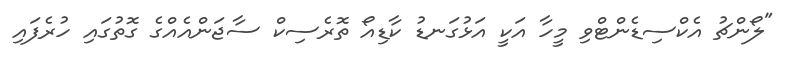
"ލޯންޗު އެކްސިޑެންޓްވި މީހާ އަކީ އަޅުގަނޑު ކާޑިއޯ ތޮރެސިކް ސާޖަންއެއްގެ ގޮތުގައި ހުރެފައި